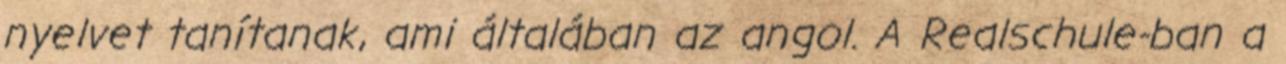
nyelvet tanítanak, ami általában az angol. A Realschule-ban a